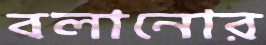
বলানোর